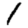
Digit: 1